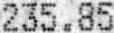
235.85